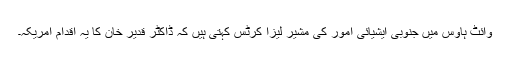
وائٹ ہاوس میں جنوبی ایشیائی امور کی مشیر لیزا کرٹس کہتی ہیں کہ ڈاکٹر قدیر خان کا یہ اقدام امریکہ۔